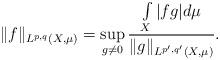
LaTeX: \begin{align*}\|f\|_{L^{p,q}(X,\mu)}=\sup_{\substack{g\neq 0}}\frac{\int\limits_{X}|fg|d\mu}{\|g\|_{L^{p',q'}(X,\mu)}}.\end{align*}